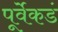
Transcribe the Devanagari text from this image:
पूर्वेकडं